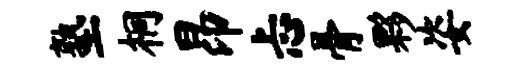
塾桐昂忐骨夥姿